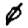
Digit: 0